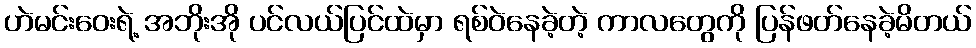
ဟဲမင်းဝေးရဲ့ အဘိုးအို ပင်လယ်ပြင်ထဲမှာ ရစ်ဝဲနေခဲ့တဲ့ ကာလတွေကို ပြန်ဖတ်နေခဲ့မိတယ်